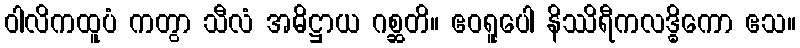
ဝါလိကထူပံ ကတွာ သီလံ အဓိဋ္ဌာယ ဂစ္ဆတိ။ ဧဝရူပေါ နိဿိရီကလဒ္ဓိကော ဧသ။